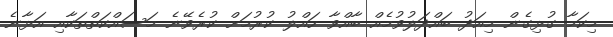
މިކަމާ ގުޅިގެން މިއަދު ބައްދަލުވުމެއް ބާއްވާ ހައްލު ކުރުމަށް ކުރެވޭނެ މަސައްކަތްތަކާއި އަޅާނެ